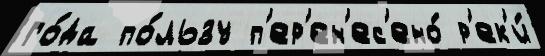
го́да по́льзу п'ер'ен'ес'ено́ р'ек'и́